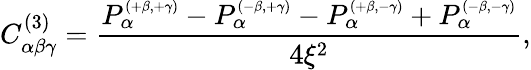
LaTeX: C_{\alpha\beta\gamma}^{(3)}=\frac{P_{\alpha}^{\scriptscriptstyle{(+\beta,+\gamma)}}-P_{\alpha}^{\scriptscriptstyle{(-\beta,+\gamma)}}-P_{\alpha}^{\scriptscriptstyle{(+\beta,-\gamma)}}+P_{\alpha}^{\scriptscriptstyle{(-\beta,-\gamma)}}}{4\xi^{2}},